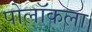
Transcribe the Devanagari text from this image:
पोलॉकला